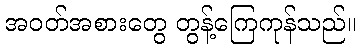
အဝတ်အစားတွေ တွန့်ကြေကုန်သည်။